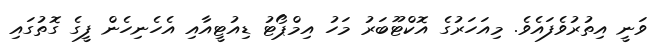
ވަނީ އިތުރުވެފައެވެ. މިއަހަރުގެ އޮކްޓޫބަރު މަހު އިމްޕޯޓު ޑިއުޓީއާއި އެހެނިހެން ފީގެ ގޮތުގައި